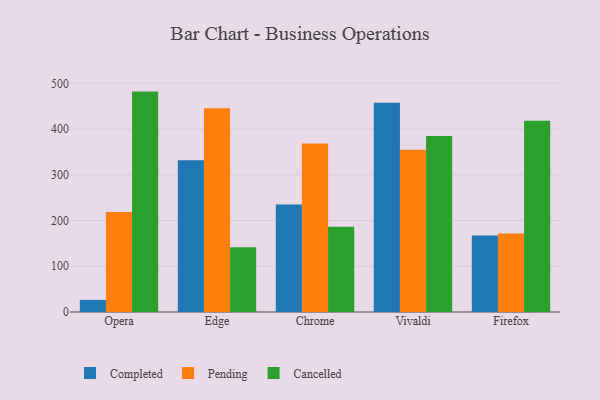
{"axis": {"x": "Browser", "y": "Website Visitors"}, "legend": ["Cancelled", "Completed", "Pending"], "data": [{"x": "Opera", "y": 26.5, "type": "Completed"}, {"x": "Opera", "y": 218.5, "type": "Pending"}, {"x": "Opera", "y": 482.0, "type": "Cancelled"}, {"x": "Edge", "y": 332.0, "type": "Completed"}, {"x": "Edge", "y": 445.5, "type": "Pending"}, {"x": "Edge", "y": 141.6, "type": "Cancelled"}, {"x": "Chrome", "y": 234.9, "type": "Completed"}, {"x": "Chrome", "y": 368.6, "type": "Pending"}, {"x": "Chrome", "y": 186.3, "type": "Cancelled"}, {"x": "Vivaldi", "y": 457.7, "type": "Completed"}, {"x": "Vivaldi", "y": 354.9, "type": "Pending"}, {"x": "Vivaldi", "y": 385.1, "type": "Cancelled"}, {"x": "Firefox", "y": 167.2, "type": "Completed"}, {"x": "Firefox", "y": 171.6, "type": "Pending"}, {"x": "Firefox", "y": 418.5, "type": "Cancelled"}]}